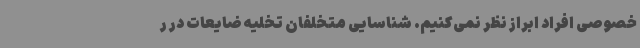
خصوصی افراد ابراز نظر نمی‌کنیم. شناسایی متخلفان تخلیه ضایعات در ر